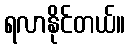
ရလာနိုင်တယ်။